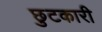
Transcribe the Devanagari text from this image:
छुटकारी